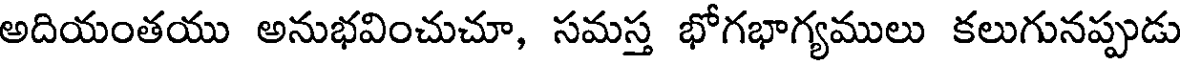
అదియంతయు అనుభవించుచూ, సమస్త భోగభాగ్యములు కలుగునప్పుడు